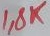
Text: 1,8K